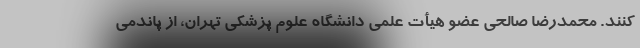
کنند. محمدرضا صالحی عضو هیأت علمی دانشگاه علوم پزشکی تهران، از پاندمی